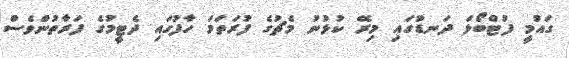
ގައުމީ ފުޓްބޯޅަ ދަނޑުގައި މިރޭ ކުޅުނު މެޗުގެ ފުރަތަމަ ހާފުގައި ދެޓީމުގެ ފަރާތުންވެސް